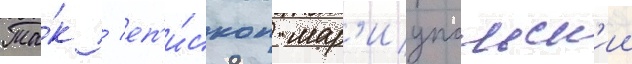
Та́к / еп'и́скоп мар'иупольск'ии